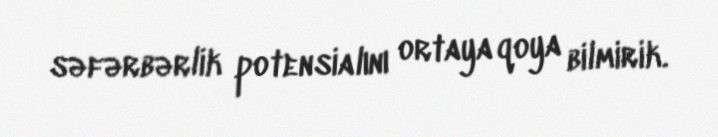
səfərbərlik potensialını ortaya qoya bilmirik.